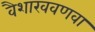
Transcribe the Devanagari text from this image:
वैशाखवणवा